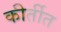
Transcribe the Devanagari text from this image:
कीर्तीत